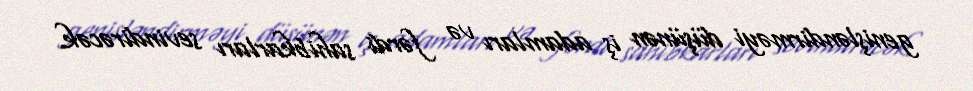
genişləndirməyi düşünən iş adamları və fərdi sahibkarları sevindirəcək.